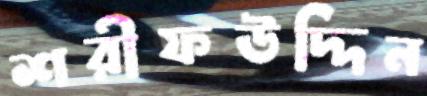
শরীফউদ্দিন